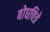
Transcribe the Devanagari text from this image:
बोधचित्रे